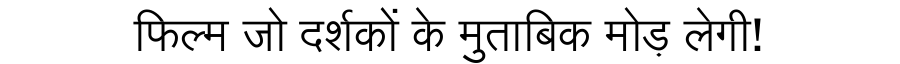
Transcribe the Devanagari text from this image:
फिल्म जो दर्शकों के मुताबिक मोड़ लेगी!